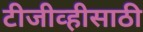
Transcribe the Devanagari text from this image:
टीजीव्हीसाठी